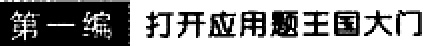
第一编 打开应用题王国大门